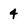
Character: 4